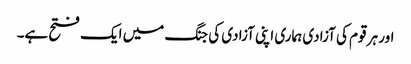
اور ہر قوم کی آزادی ہماری اپنی آزادی کی جنگ میں ایک فتح ہے۔